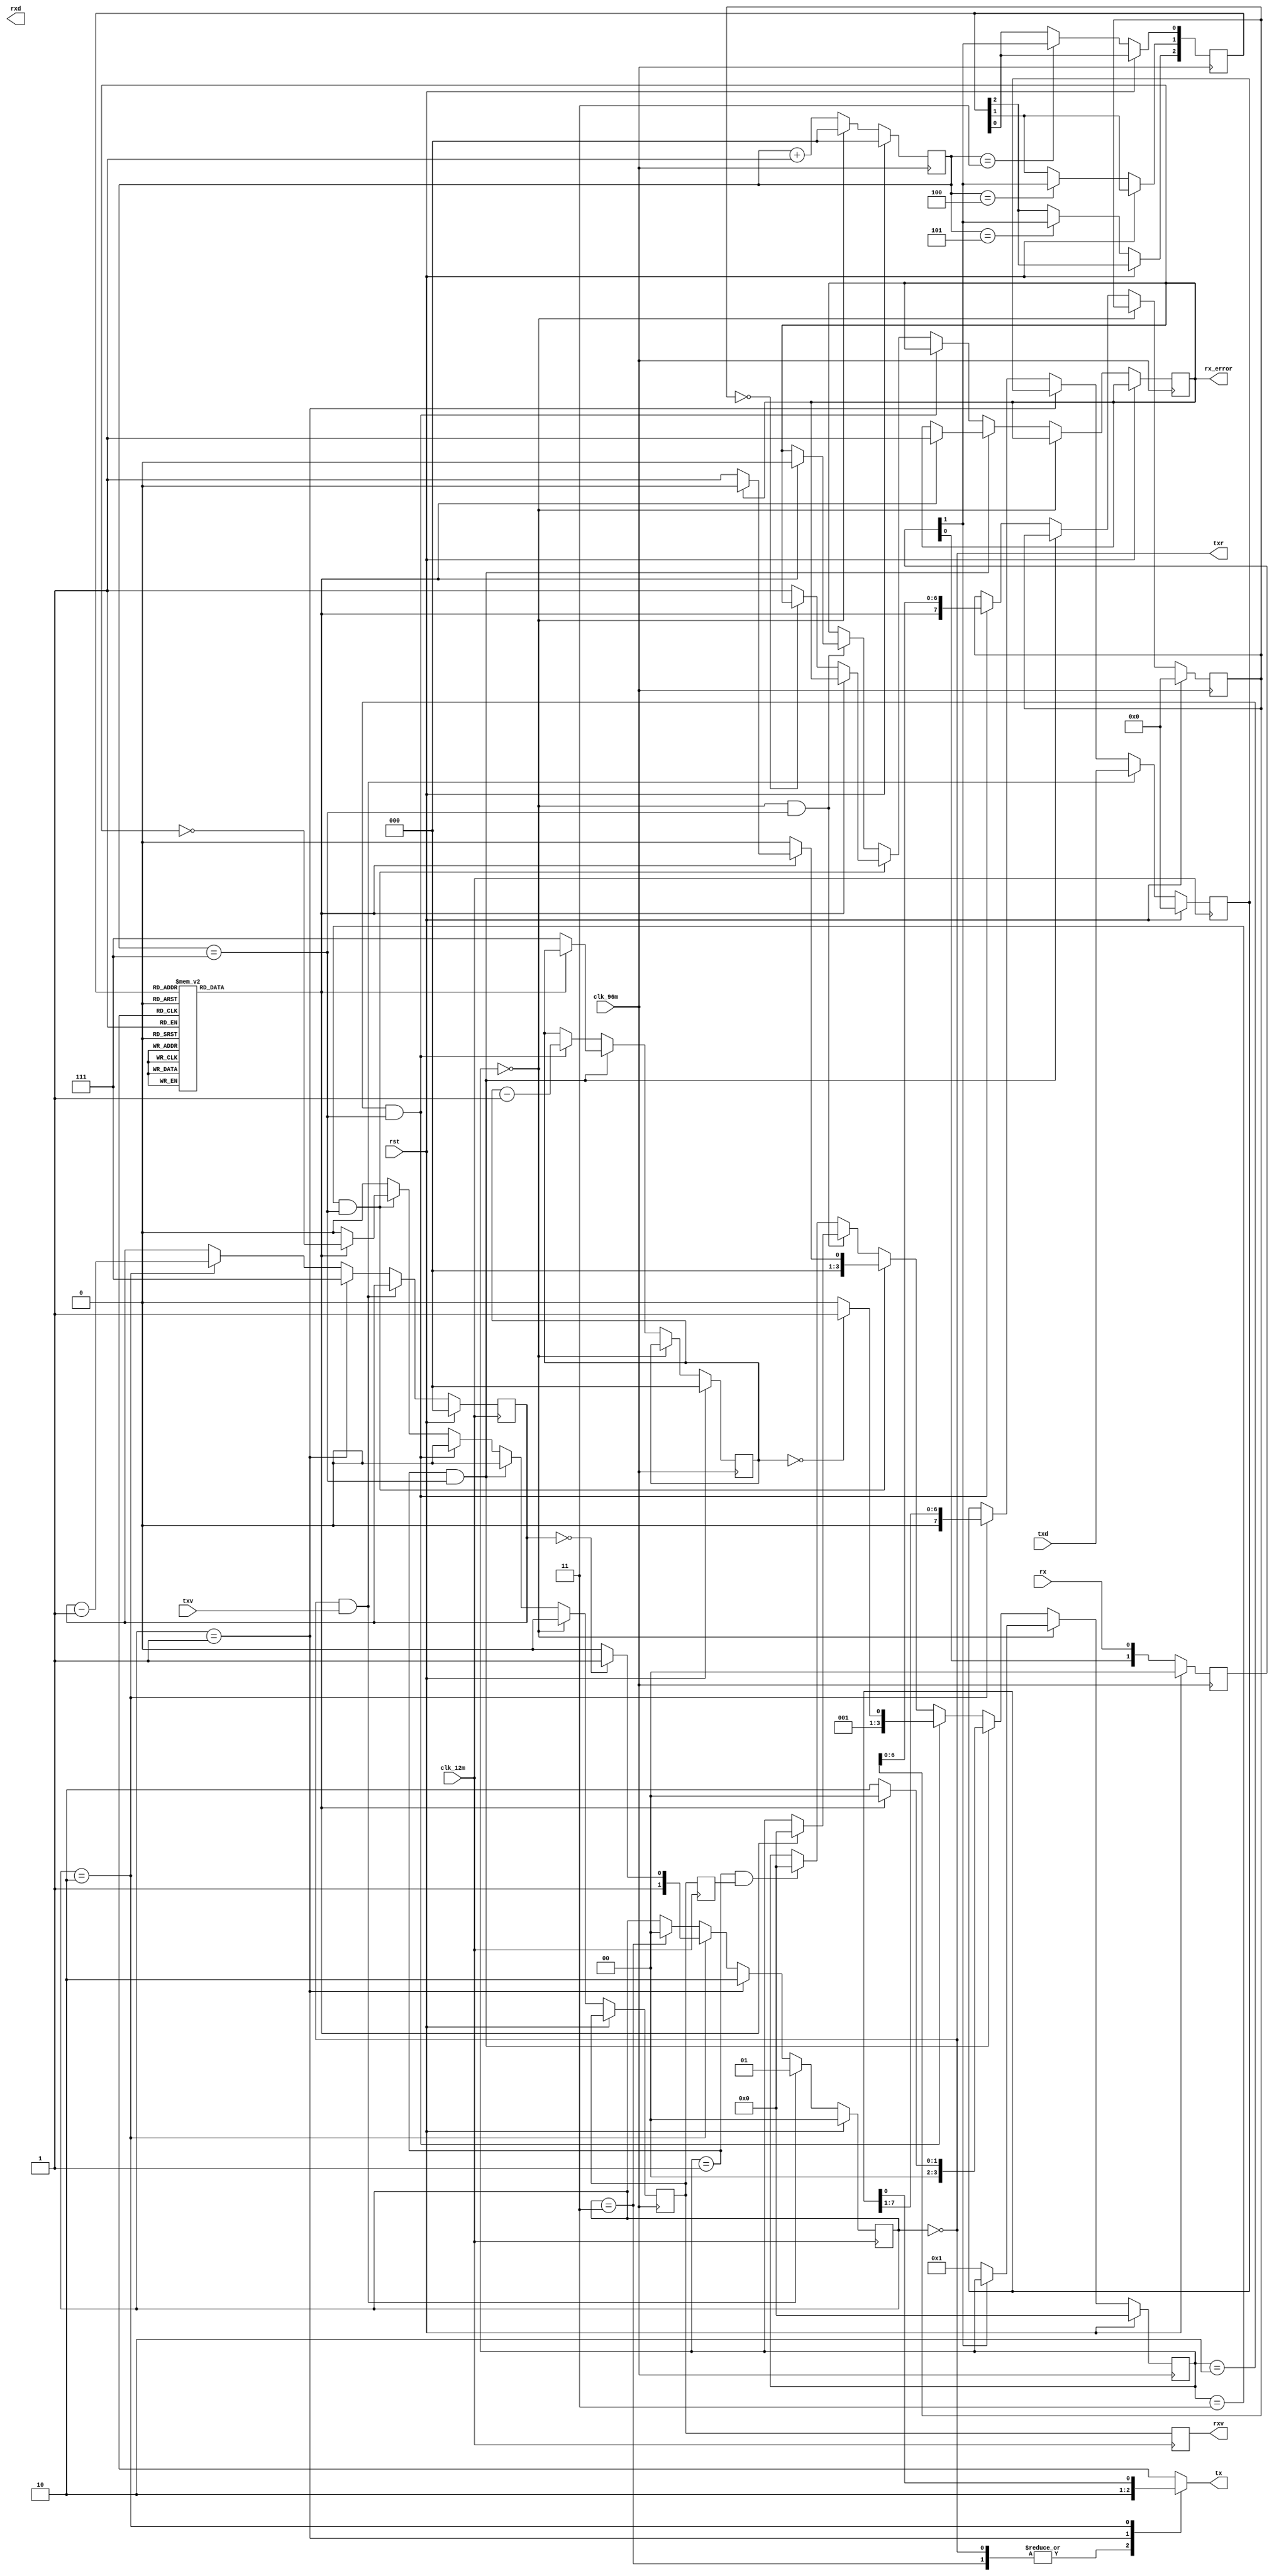
module uart_if(
	output reg tx,
	input [7:0] txd,
	input txv,
	output reg txr,
	
	input rx,
	output reg [7:0] rxd,
	output reg rxv,
	
	output reg rx_error,
	
	input rst,
	input clk_96m,
	input clk_12m);
	
	reg [7:0] tx_sr;
	reg [1:0] tx_state;
	reg [2:0] tx_bits;
	
	localparam [1:0] TX_IDLE=0, TX_START=1, TX_DATA=2, TX_STOP=3;
	
	always @(posedge clk_12m) begin
		if(rst) begin
			tx_sr <= 8'h00;
			tx_state <= TX_IDLE;
			tx_bits <= 3'h0;
		end else begin
			if(tx_state == TX_IDLE && txv) begin
				tx_state <= TX_START;
				tx_sr <= txd;
			end else if(tx_state == TX_START) begin
				tx_state <= TX_DATA;
				tx_bits <= 3'd7;
			end else if(tx_state == TX_DATA) begin
				tx_state <= (tx_bits == 3'd0) ? TX_STOP : TX_DATA;
				tx_bits <=  tx_bits - 1;
				tx_sr <= {1'b0, tx_sr[7:1]};
			end else if(tx_state == TX_STOP) begin
				tx_state <= TX_IDLE;
			end
		end
	end
	
	always @(*) begin
		txr = (tx_state == TX_IDLE);
		case(tx_state)
			TX_IDLE, TX_STOP: tx = 1'b1;
			TX_START: tx = 1'b0;
			TX_DATA: tx = tx_sr[0];
		endcase
	end
	
	reg [2:0] rx_div;
	reg [3:0] rx_state;
	reg [7:0] rx_sr;
	reg [2:0] rx_bits;
	reg [2:0] rx_vote;
	reg rx_result, rxv_96m, rxv_ack;
	
	reg [1:0] rx_sync;
	localparam [1:0] RX_IDLE=0, RX_START=1, RX_DATA=2, RX_STOP=3, RX_BREAK=4, RX_V_SYNC=5;
	
	always @(*) begin
		case(rx_vote)
		3'b000, 3'b001, 3'b010, 3'b100: rx_result = 0;
		3'b011, 3'b101, 3'b110, 3'b111: rx_result = 1;
		endcase
	end
	
	always @(posedge clk_12m) begin
		rxv <= rxv_96m;
		rxv_ack <= rxv_96m;
	end
	
	always @(posedge clk_96m) begin
		if(rst) begin
			rx_div <= 3'd0;
			rx_sr <= 8'h0;
			rx_state <= RX_IDLE;
			rx_bits <= 3'd0;
			
			rx_sync <= 2'h0;
		end else begin
			rx_sync <= {rx_sync[0], rx};
			rx_div <= (rx_state == RX_IDLE) ? 3'd0 : (rx_div + 1);
			rxv_96m <= 1'b0;
			
			if(rx_div == 3) rx_vote[0] <= rx_sync[1];
			if(rx_div == 4) rx_vote[1] <= rx_sync[1];
			if(rx_div == 5) rx_vote[2] <= rx_sync[1];
			
			if(rx_state == RX_IDLE) begin
				if(~rx_sync[1])
					rx_state <= RX_START;
			end else if(rx_state == RX_START && rx_div == 7) begin
				if(rx_result != 0) begin
					rx_state <= RX_IDLE;
					rx_error <= 1'b1;
				end else begin
					rx_state <= RX_DATA;
					rx_bits <= 3'd7;
				end
			end else if(rx_state == RX_DATA && rx_div == 7) begin
				rx_sr <= {rx_result, rx_sr[6:0]};
				rx_bits <= rx_bits - 1;
				rx_state <= (rx_bits == 0) ? RX_STOP : RX_DATA;
			end else if(rx_state == RX_STOP && rx_div == 7) begin
				rx_state <= RX_IDLE;
				
				if(rx_result != 1'b1) begin
					if(rx_sr == 8'h00) rx_state <= RX_BREAK;
					else begin
						rx_state <= RX_IDLE;
						rx_error <= 1'b1;
					end
				end else begin
					rx_state <= rx_error ? RX_IDLE : RX_V_SYNC;
					rxv_96m <= ~rx_error;
				end
			end else if(rx_state == RX_BREAK && rx_div == 7) begin
				if(rx_result != 1'b0) begin
					rx_error <= 1'b0;
					rx_state <= RX_IDLE;
				end
			end else if(rx_state == RX_V_SYNC && rxv_ack) begin
				rx_state <= RX_IDLE;
				rxv_96m <= 1'b0;
			end
		end
	end
endmodule